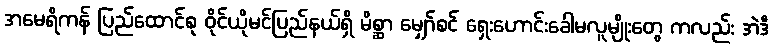
အမေရိကန် ပြည်ထောင်စု ဝိုင်ယိုမင်ပြည်နယ်ရှိ မိစ္ဆာ မျှော်စင် ရှေးဟောင်းခေါမလူမျိုးတွေ ကလည်း အဲဒီ